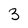
Character: 3